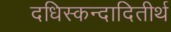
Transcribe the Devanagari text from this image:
दधिस्कन्दादितीर्थ